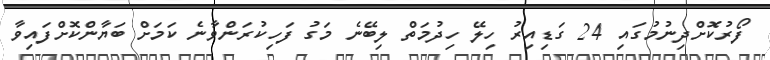
ފޯރުކޮށްދިނުމުގައި 24 ގަޑިއިރު ހިލޭ ހިދުމަތް ލިބޭނެ މަގު ފަހިކުރަންވާނެ ކަމަށް ބަޔާންކޮށްފައިވާ